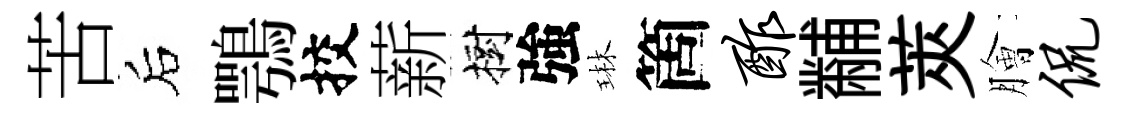
苦后鶚挍薪樹強琳箇酢黼莢膾侃